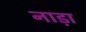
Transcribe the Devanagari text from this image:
नाड़ा